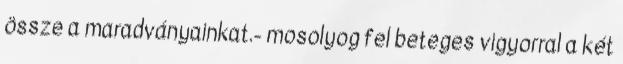
össze a maradványainkat.- mosolyog fel beteges vigyorral a két